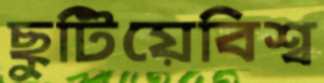
ছুটিয়েবিশ্ব